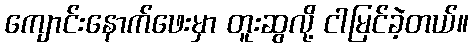
ကျောင်းနောက်ဖေးမှာ တူးဆွလို့ ငါမြင်ခဲ့တယ်။